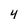
Character: 4